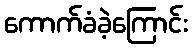
ကောက်ခံခဲ့ကြောင်း